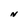
Character: N